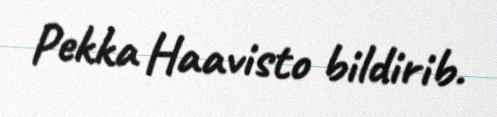
Pekka Haavisto bildirib.